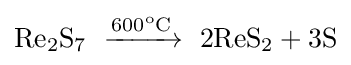
\mathrm {Re_{2}S_{7}\ \xrightarrow {600^{o}C} \ 2ReS_{2}+3S}